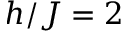
h / J = 2